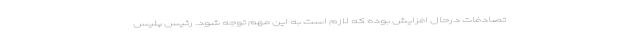
تصادفات درحال افزایش بوده که لازم است به این مهم توجه شود. رئیس پلیس